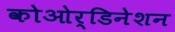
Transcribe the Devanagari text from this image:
कोओर्डिनेशन